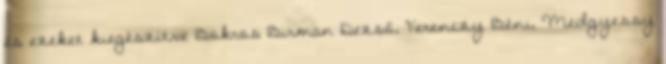
és ezeket kiegészítve Bokros Birman Dezső, Ferenczy Béni, Medgyessy